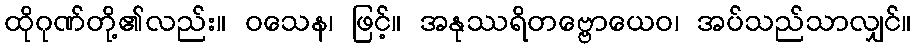
ထိုဂုဏ်တို့၏လည်း။ ဝသေန၊ ဖြင့်။ အနုဿရိတဗ္ဗောယေဝ၊ အပ်သည်သာလျှင်။